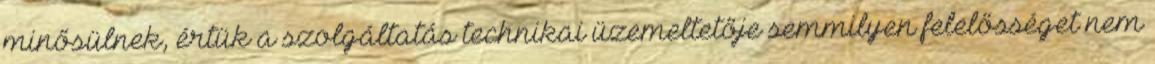
minősülnek, értük a szolgáltatás technikai üzemeltetője semmilyen felelősséget nem